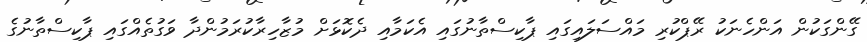
ގޭންގަކުން އަންހެނަކު ރޭޕްކުރި މައްސަލައިގައި ޕާކިސްތާނުގައި އެކަމާއި ދެކޮޅަށް މުޒާހިރާކުރަމުންދާ ވަގުތެއްގައި ޕާކިސްތާނުގެ